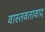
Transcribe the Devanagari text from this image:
वास्तवतावाद